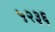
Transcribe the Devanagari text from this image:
५२३६